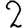
Digit: 2